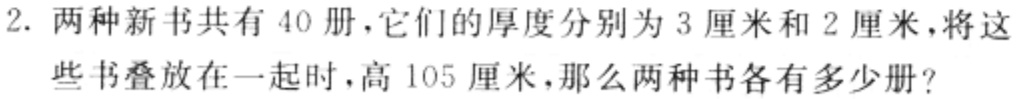
2. 两种新书共有 40 册，它们的厚度分别为 3 厘米和 2 厘米，将这些书叠放在一起时，高 105 厘米，那么两种书各有多少册？